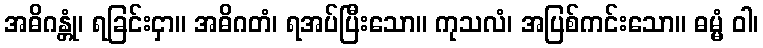
အဓိဂန္တုံ၊ ရခြင်းငှာ။ အဓိဂတံ၊ ရအပ်ပြီးသော။ ကုသလံ၊ အပြစ်ကင်းသော။ ဓမ္မံ ဝါ၊